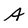
Character: A